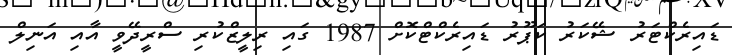
ޑައިރެކްޓަރު ޝޭކަރު ކަޕޫރު ޑައިރެކްޓްކޮށް 1987 ގައި ރިލީޒްކުރި ސްރީދޭވީ އާއި އަނިލް